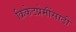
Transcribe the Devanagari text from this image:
क्रिकेटप्रेमींसाठी